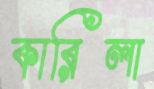
কারিলা